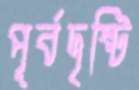
পূর্বদৃষ্টি